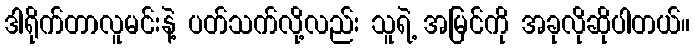
ဒါရိုက်တာလူမင်းနဲ့ ပတ်သက်လို့လည်း သူရဲ့ အမြင်ကို အခုလိုဆိုပါတယ်။